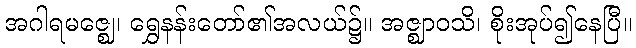
အဂါရမဇ္ဈေ၊ ရွှေနန်းတော်၏အလယ်၌။ အဇ္ဈာဝသိ၊ စိုးအုပ်၍နေပြီ။